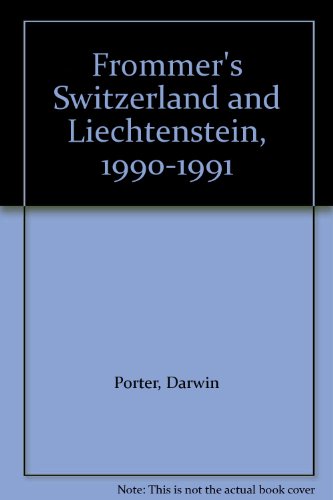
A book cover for Frommer's Switzerland and Liechtenstein, 1990-1991; Darwin Porter; Travel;